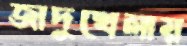
জাদুখেলায়